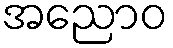
အညောဝ